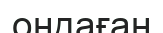
оңдаған